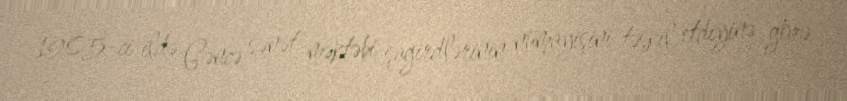
1905-ci ildə Gəncə sənət məktəbi şagirdlərinin nümayişini təşkil etdiyinə görə